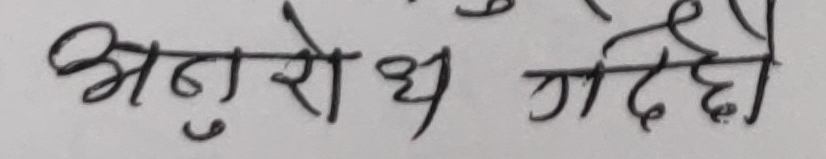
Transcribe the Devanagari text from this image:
अनुरोध गर्दछु